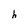
Character: h